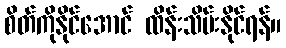
စိတ်ကိုနိုင်အောင် ထိန်းသိမ်းနိုင်ရန်။